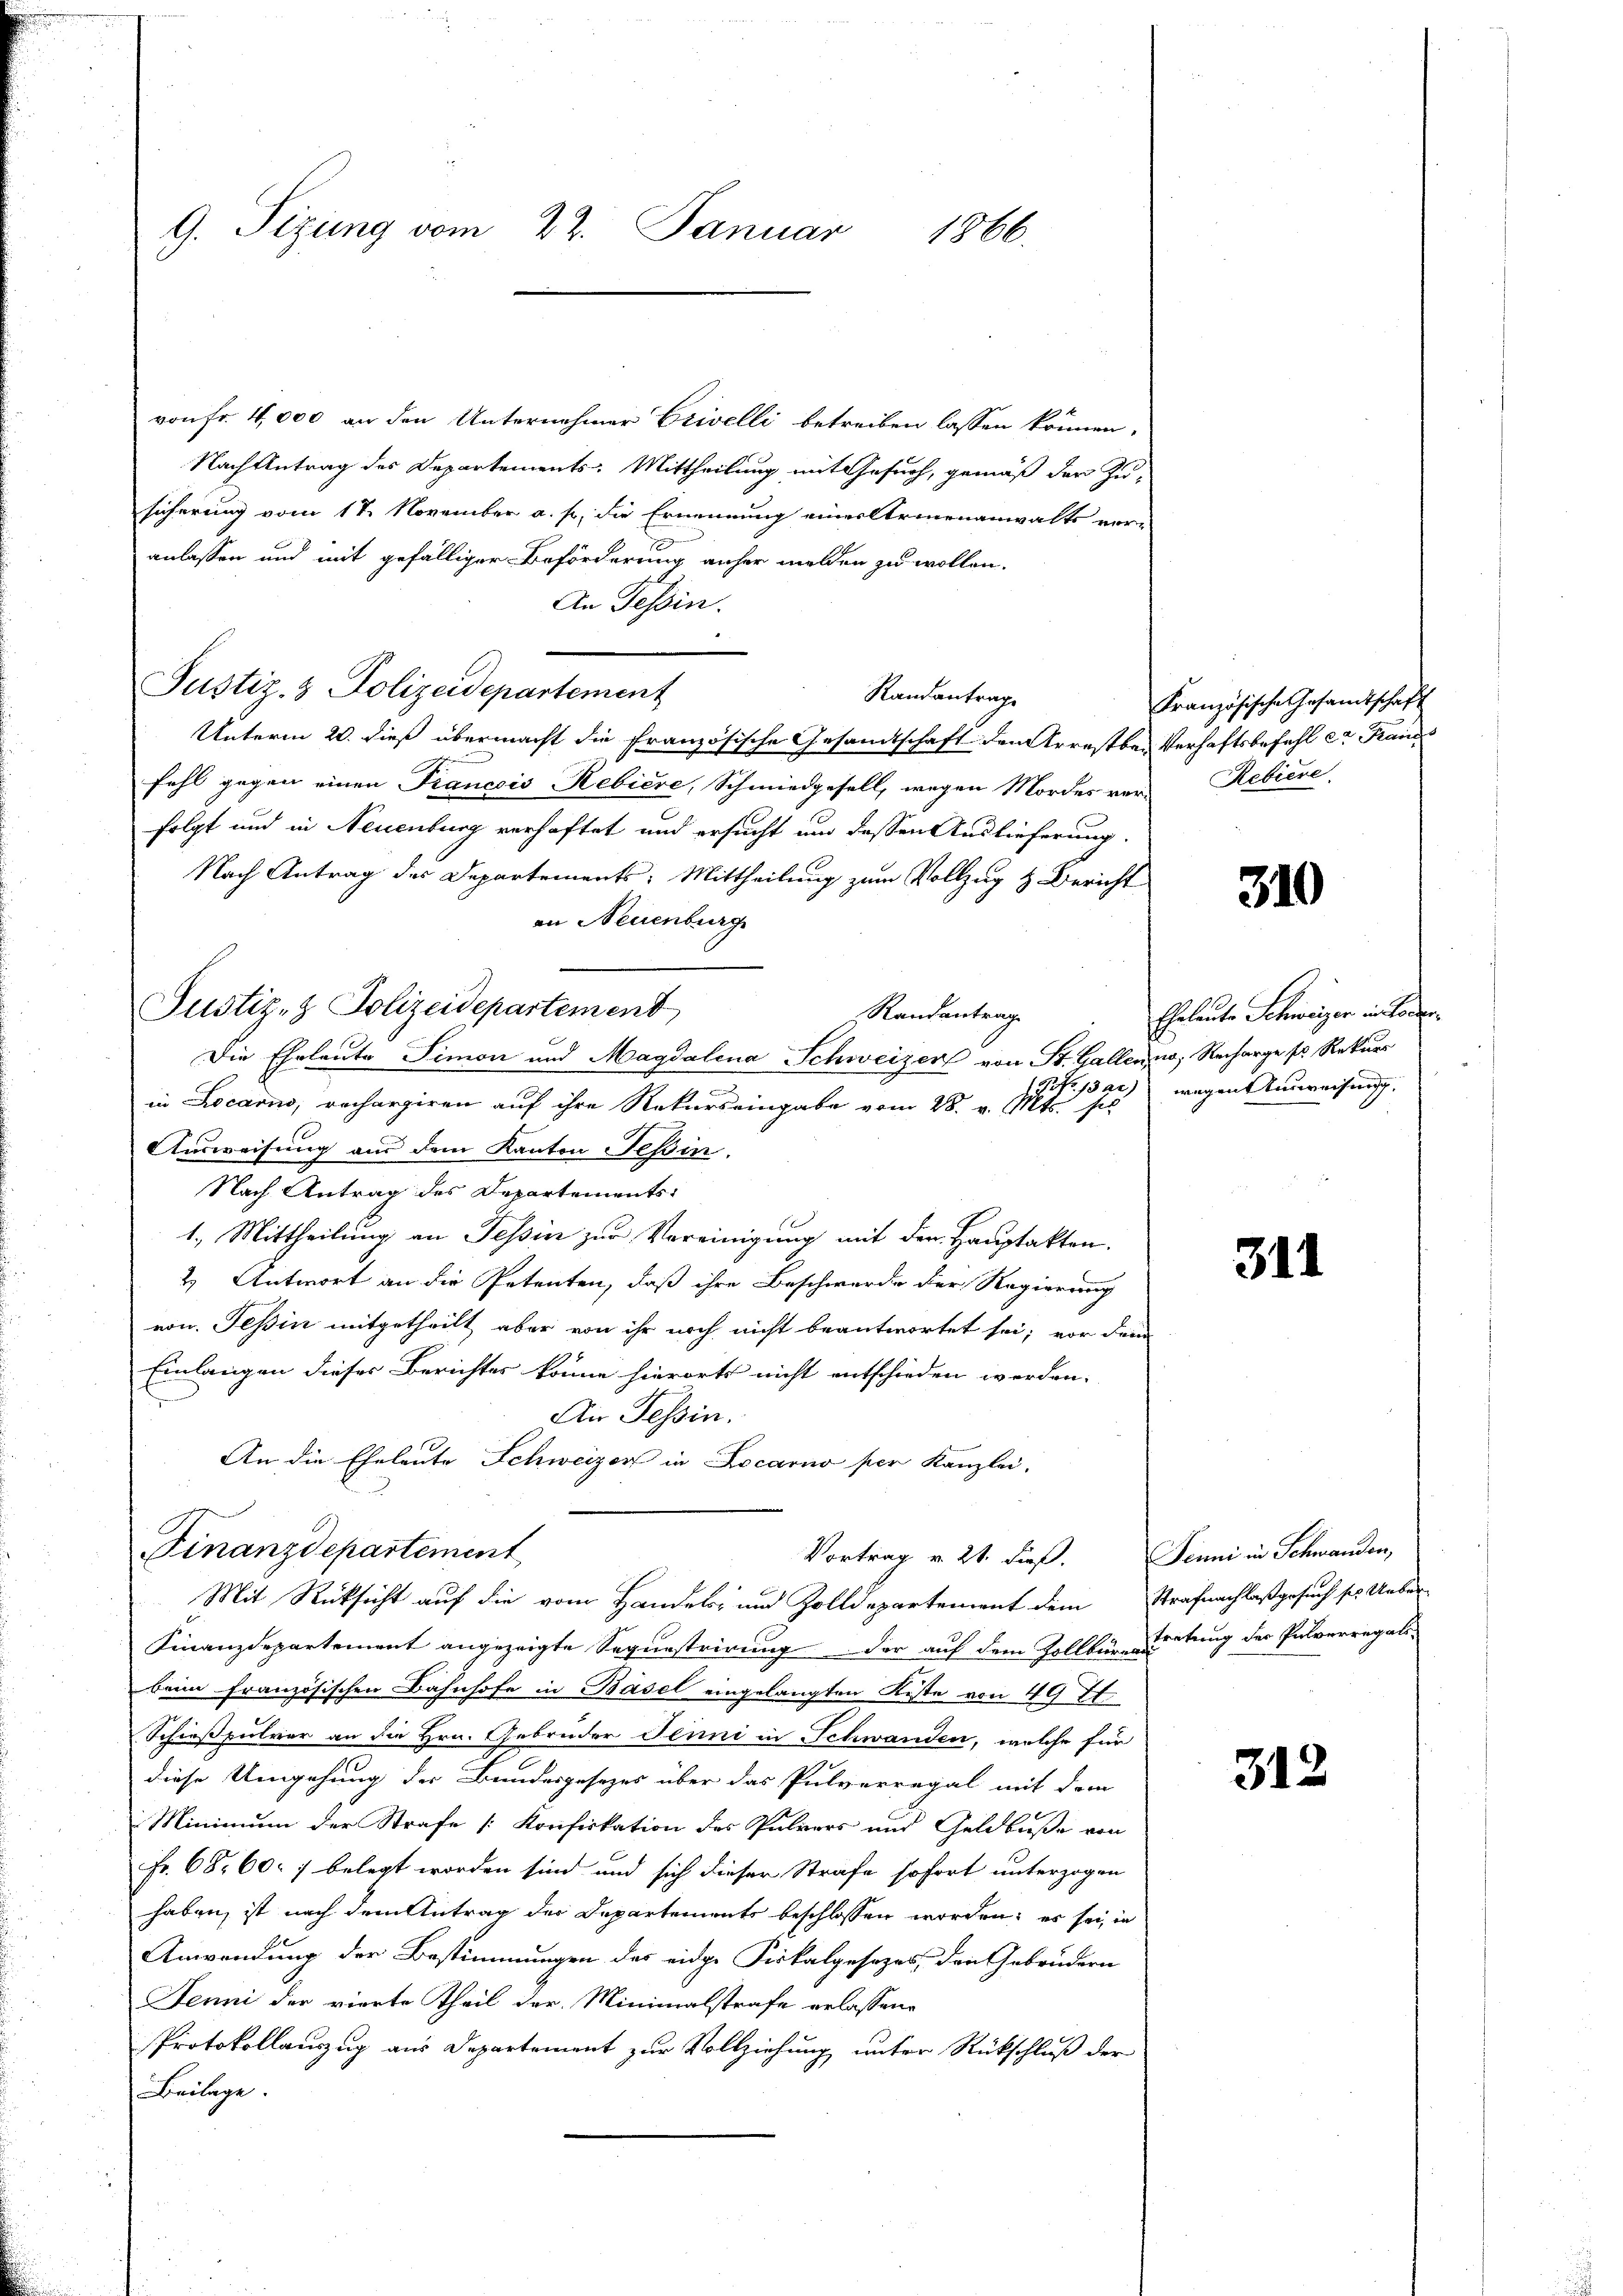
G. Tizung vom 22. Januar
1866.

von Fr. 4,000 an den Unternehmer Erivelli betreiben lassen können,
Nach Antrag des Departements-Mittheilung mit Gesuch, gemäß der Zu-
sicherung vom 17. November a. p. die Ernennung einer Armenanwalts vor-
anlassen und mit gefälliger Beförderung anher melden zu wollen.
An Tessin.
Justiz- & Polizeidepartement
Randantrage
Unterm 20. dieß übermacht die französische Gesandtschaft den Arrestber Verhaftsbefehl er Kan
fehl gegen einen Francois Rebiere, Schmiedgesell, wegen Mordes ver-Rebiere
folgt und in Neuenburg verhaftet und ersucht um dessen Auslieferung
Nach Antrag des Departements: Mittheilung zum Vollzug & Bericht
an Neuenburg
Justiz- & Polizeidepartement
Randantrage
Die Eheleute Simon und Magdalena Schweizer von St. Gallenz, Recharge ses Rekurr
1322)
in Locarno, rechargiren auf ihre Rekurs eingabe vom 28. v. Mts. sel
Ausweisung aus dem Kanton Tessin.
Nach Antrag des Departements-
1.) Mittheilung an Tessin zur Vereinigung mit den Hauptakten.
2.) Antwort an die Petenten, daß ihre Beschwerde der Regierung
von Tessin mitgetheilt, aber von ihr noch nicht beantwortet sei; vor dem
Einlangen dieses Berichtes könne hierorts nicht entschieden werden.
An Tessin.
An die Eheleute Schweizer in Locarno per Kanzlei,
Finanzdepartement
Vortrag v. 21. dieß. Jenni in Schwanden,
Mit Rücksicht auf die vom Handels- und Zolldepartement dem Strafnachlaßgesuch sei Ueber-
Finanzdepartement angezeigte Sequestrirung der auf dem Zollbar au tung der Pulverregats-
beim französischen Bahnhofe in Basel eingelangten Kiste von 492.
Schießpulver an die Hrn. Gebrüder Juni in Schwanden, welche für
diese Umgehung der Bundesgesetzes über das Pulverregal mit dem
Minimum der Strafe [Konfiskation des Pulvers und Geldbuße von
Fr. 68. 607 belegt worden sind und sich dieser Strafe sofort unterzogen
haben, ist nach dem Antrag der Departements beschlossen worden; es sei, in
Anwendung der Bestimmungen des eidge Fiskalgesezes, den Gebrüdern
Jenni der vierte Theil der Minimalstrafe erlassene
Protokollauszug aus Departement zur Vollziehung unter Rückschluß der
Beilage.

Französische Gesandtschaft

310

Gelaute Schweizer in Forden
wegen Einweisung,

311

312